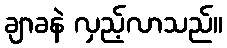
ချာခနဲ လှည့်လာသည်။